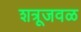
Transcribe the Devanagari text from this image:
शत्रूजवळ